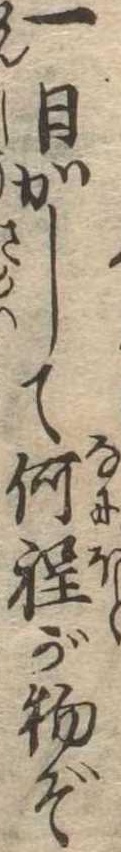
一日かして何程が物ぞ